65_HS1-834228961_62-HQ-83894_SUB_A
Agency: FBI
Page 54
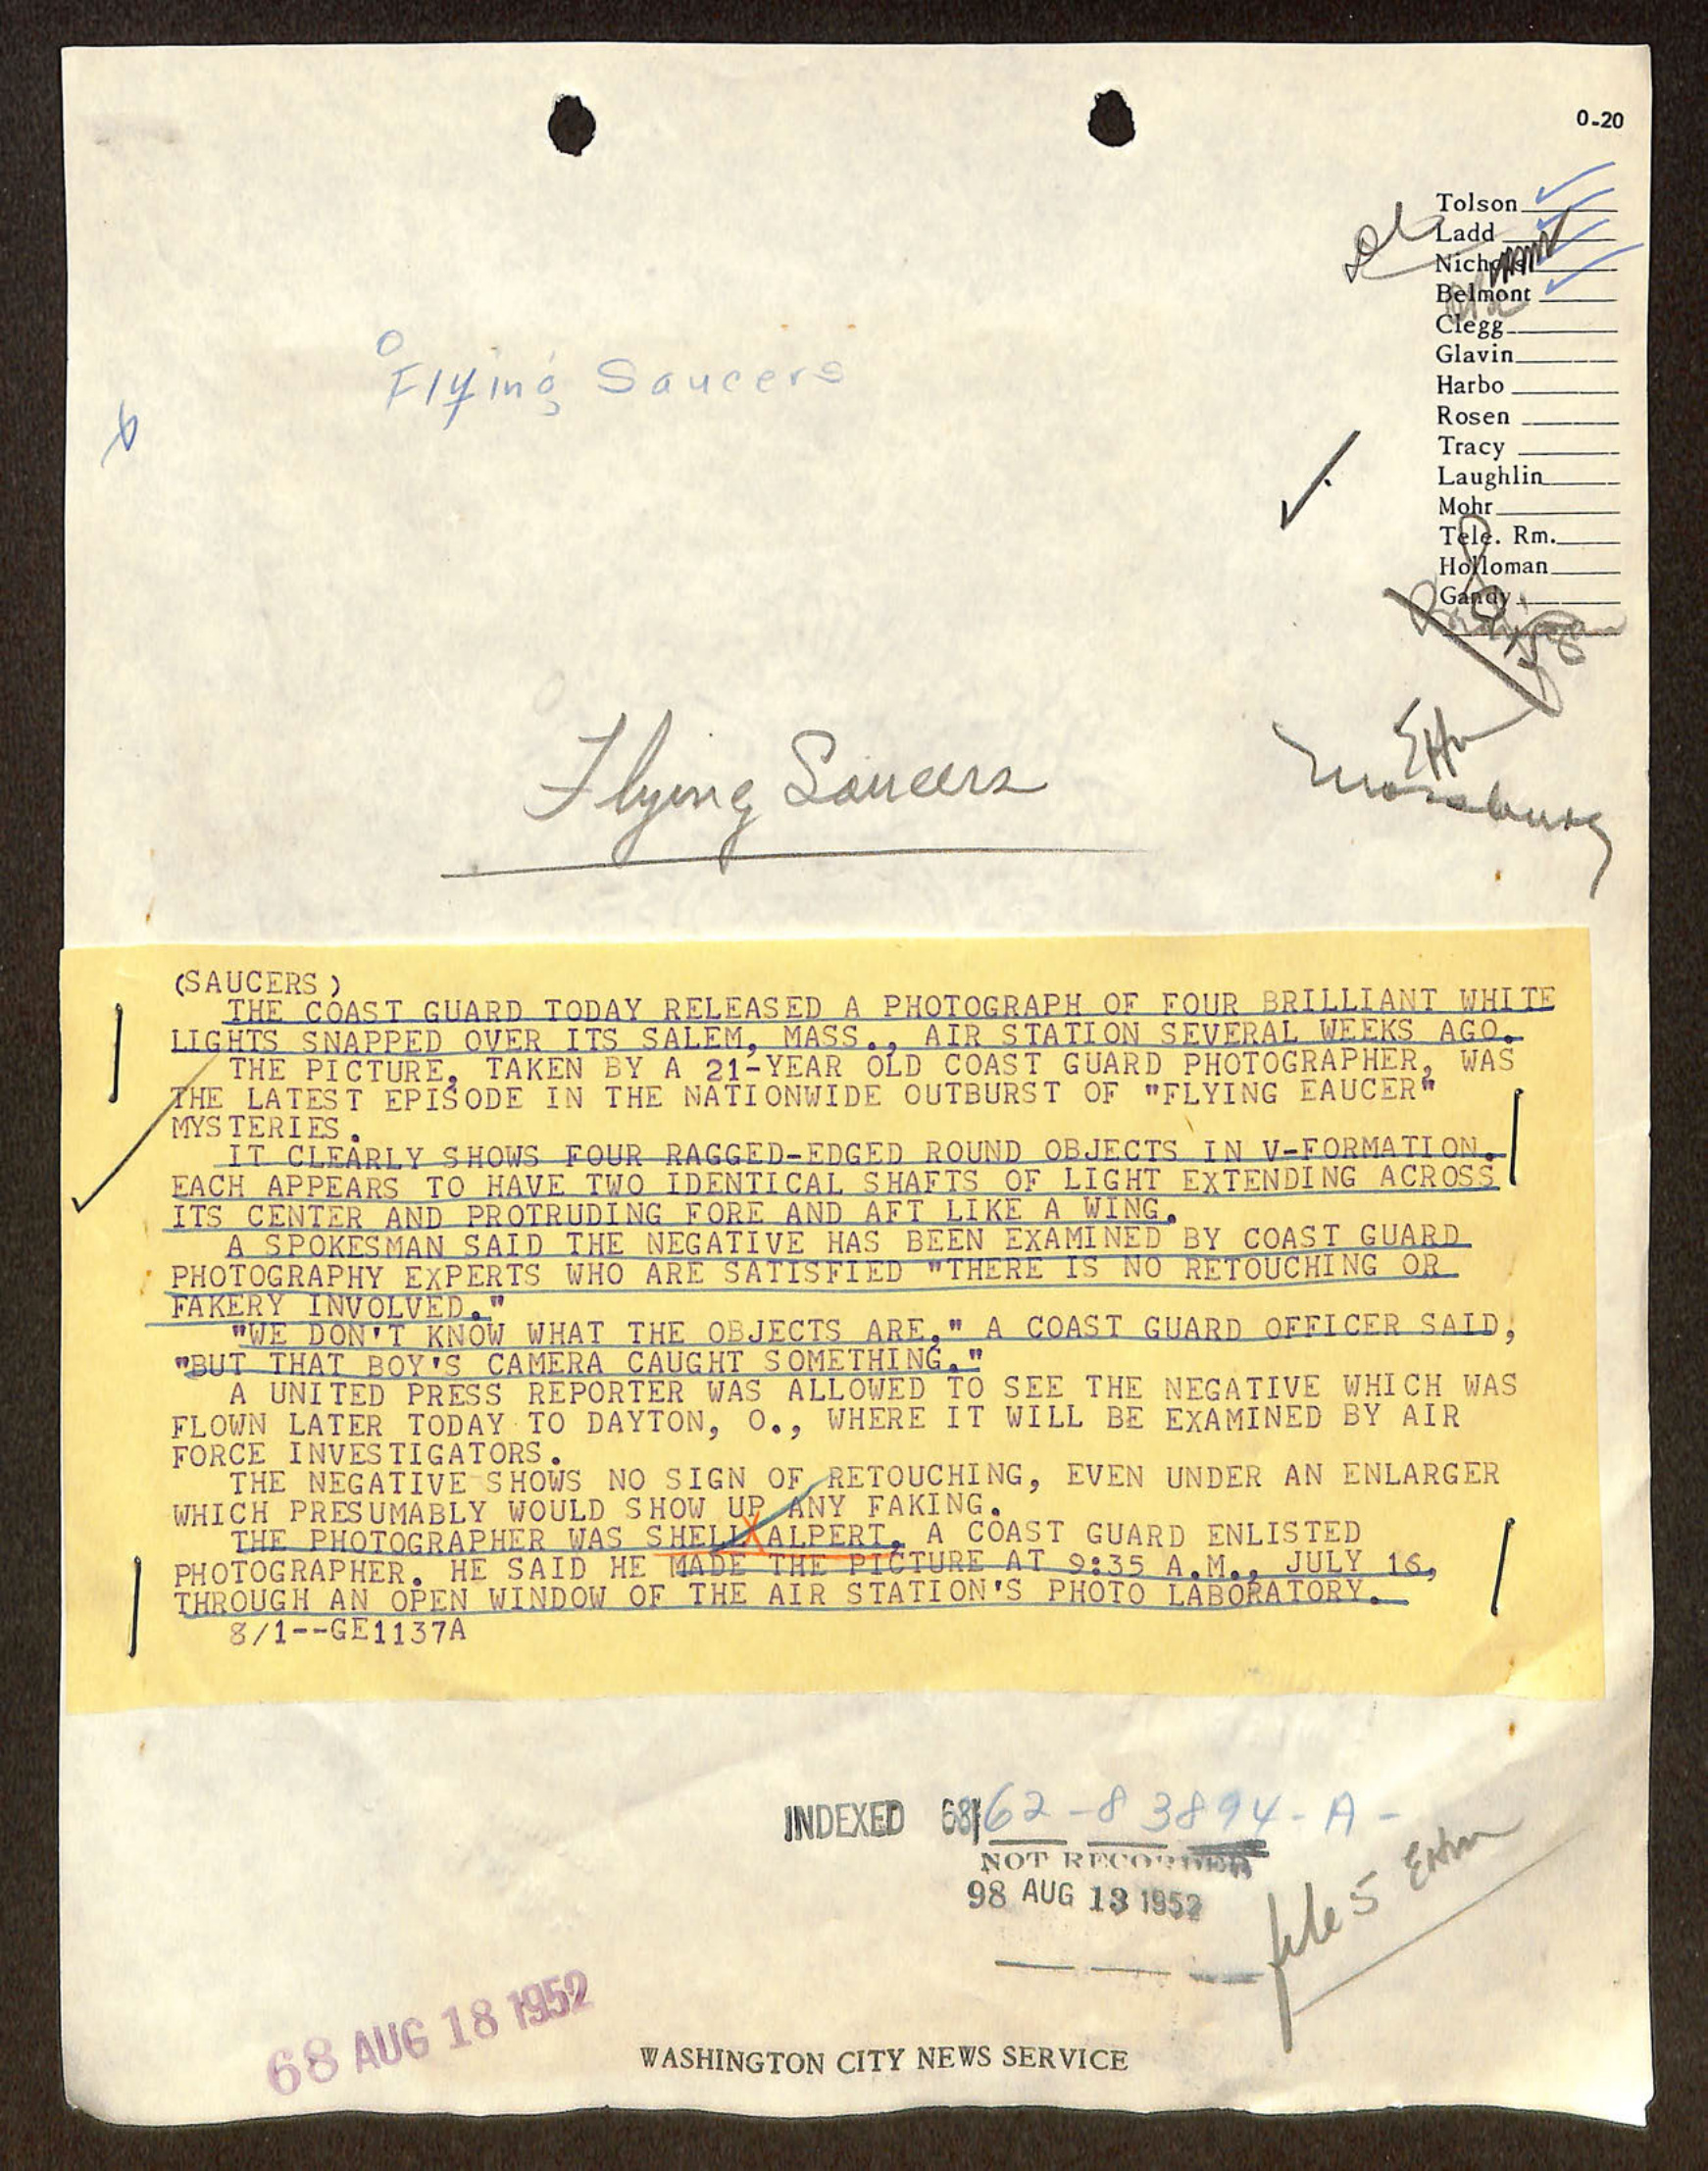